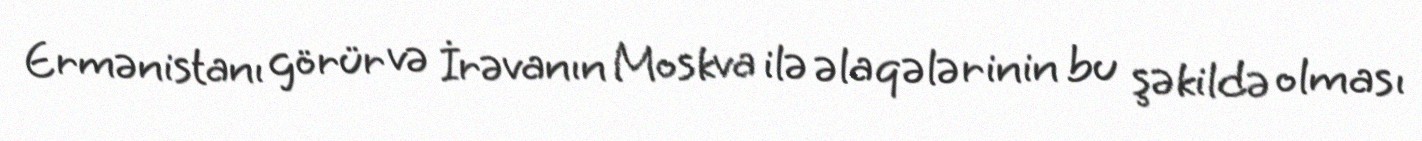
Ermənistanı görür və İrəvanın Moskva ilə əlaqələrinin bu şəkildə olması